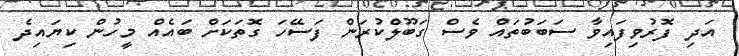
އަދި ފޮރުވިފައިވާ ސަބަބުތައް ވެސް ގަބޫލްކުރަން ފަސޭހަ ގޮތަކަށް ބައެއް މީހުން ކިޔައިދެ